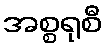
အစ္စရုစီ